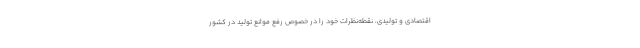
اقتصادی و تولیدی، نقطه‌نظرات خود را در خصوص رفع موانع تولید در کشور